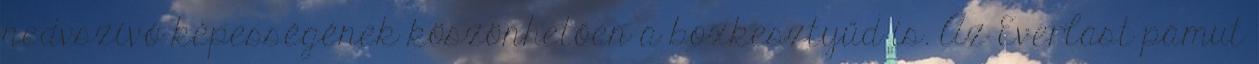
nedvszívó képességének köszönhetően a boxkesztyűd is. Az Everlast pamut